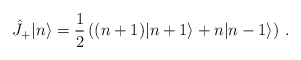
\begin{align*} \hat{J}_+|n\rangle= \frac{1}{2}\left((n+1)|n+1\rangle+ n|n-1\rangle\right)\,.\end{align*}